Annual report on the working of the lock hospitals in the Central Provinces
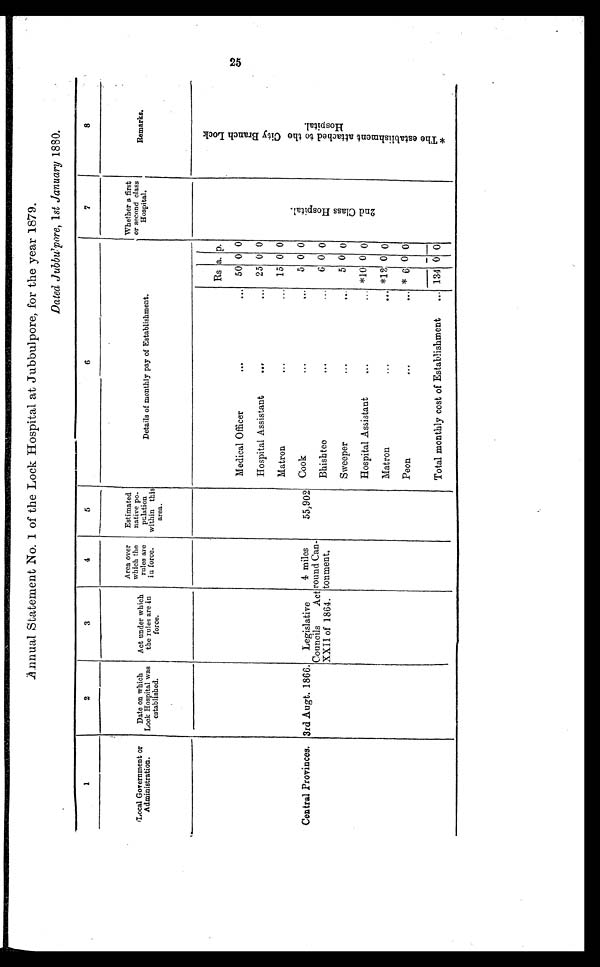
Annual Statement No. 1 of the Lock Hospital at Jubbulpore, for the year 1879.
Dated Jubbulpore, 1 st January 1880.
1
2
3
4
5
6
7
8
Local Government or
Administration.
Date on which
Lock Hospital was
established.
Act under which
the rules are in
force.
Area over
which the
rules are
in force.
Estimated
native nati po. po
ptlation
within this
area.
Details of monthly pay of Establishment.
Whether a first
or second class
Hospital.
Remarks.
Rs a. p.
2 n d C l a s s H o s p i t a l .
* T h e e s t a b l i s h m e n t a t t a c h e d t o t h e C i t y B r a n c h L o c k H o s p i t a l .
Medical Officer
...
... 50 0 0
Hospital Assistant
...
... 25 0 0
Matron
...
... 15 0 0
Central Provinces. 3rd Augt. 1866.
Legislative
4 miles
55,902 Cook
...
...
5 0 0
Councils
Act
XXII of 1864.
round Can-
tonment.
Bhishtee
... ...
6 0 0
Sweeper
...
...
5 0 0
Hospital Assistant
... ...
*10 0 0
Matron
...
... *12 0 0
Peon
...
.. *6 0 0
Total monthly cost of Establishment
... 134 0 0
2 5